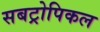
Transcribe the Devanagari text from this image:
सबट्रोपिकल